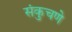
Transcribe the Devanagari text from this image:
संकुचणे